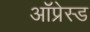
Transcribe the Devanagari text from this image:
ऑप्रेस्ड